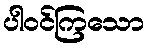
ပါဝင်ကြသော